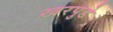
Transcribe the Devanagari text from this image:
खरपुडे